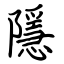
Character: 隱